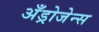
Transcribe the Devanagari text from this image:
अँड्रोजेन्स